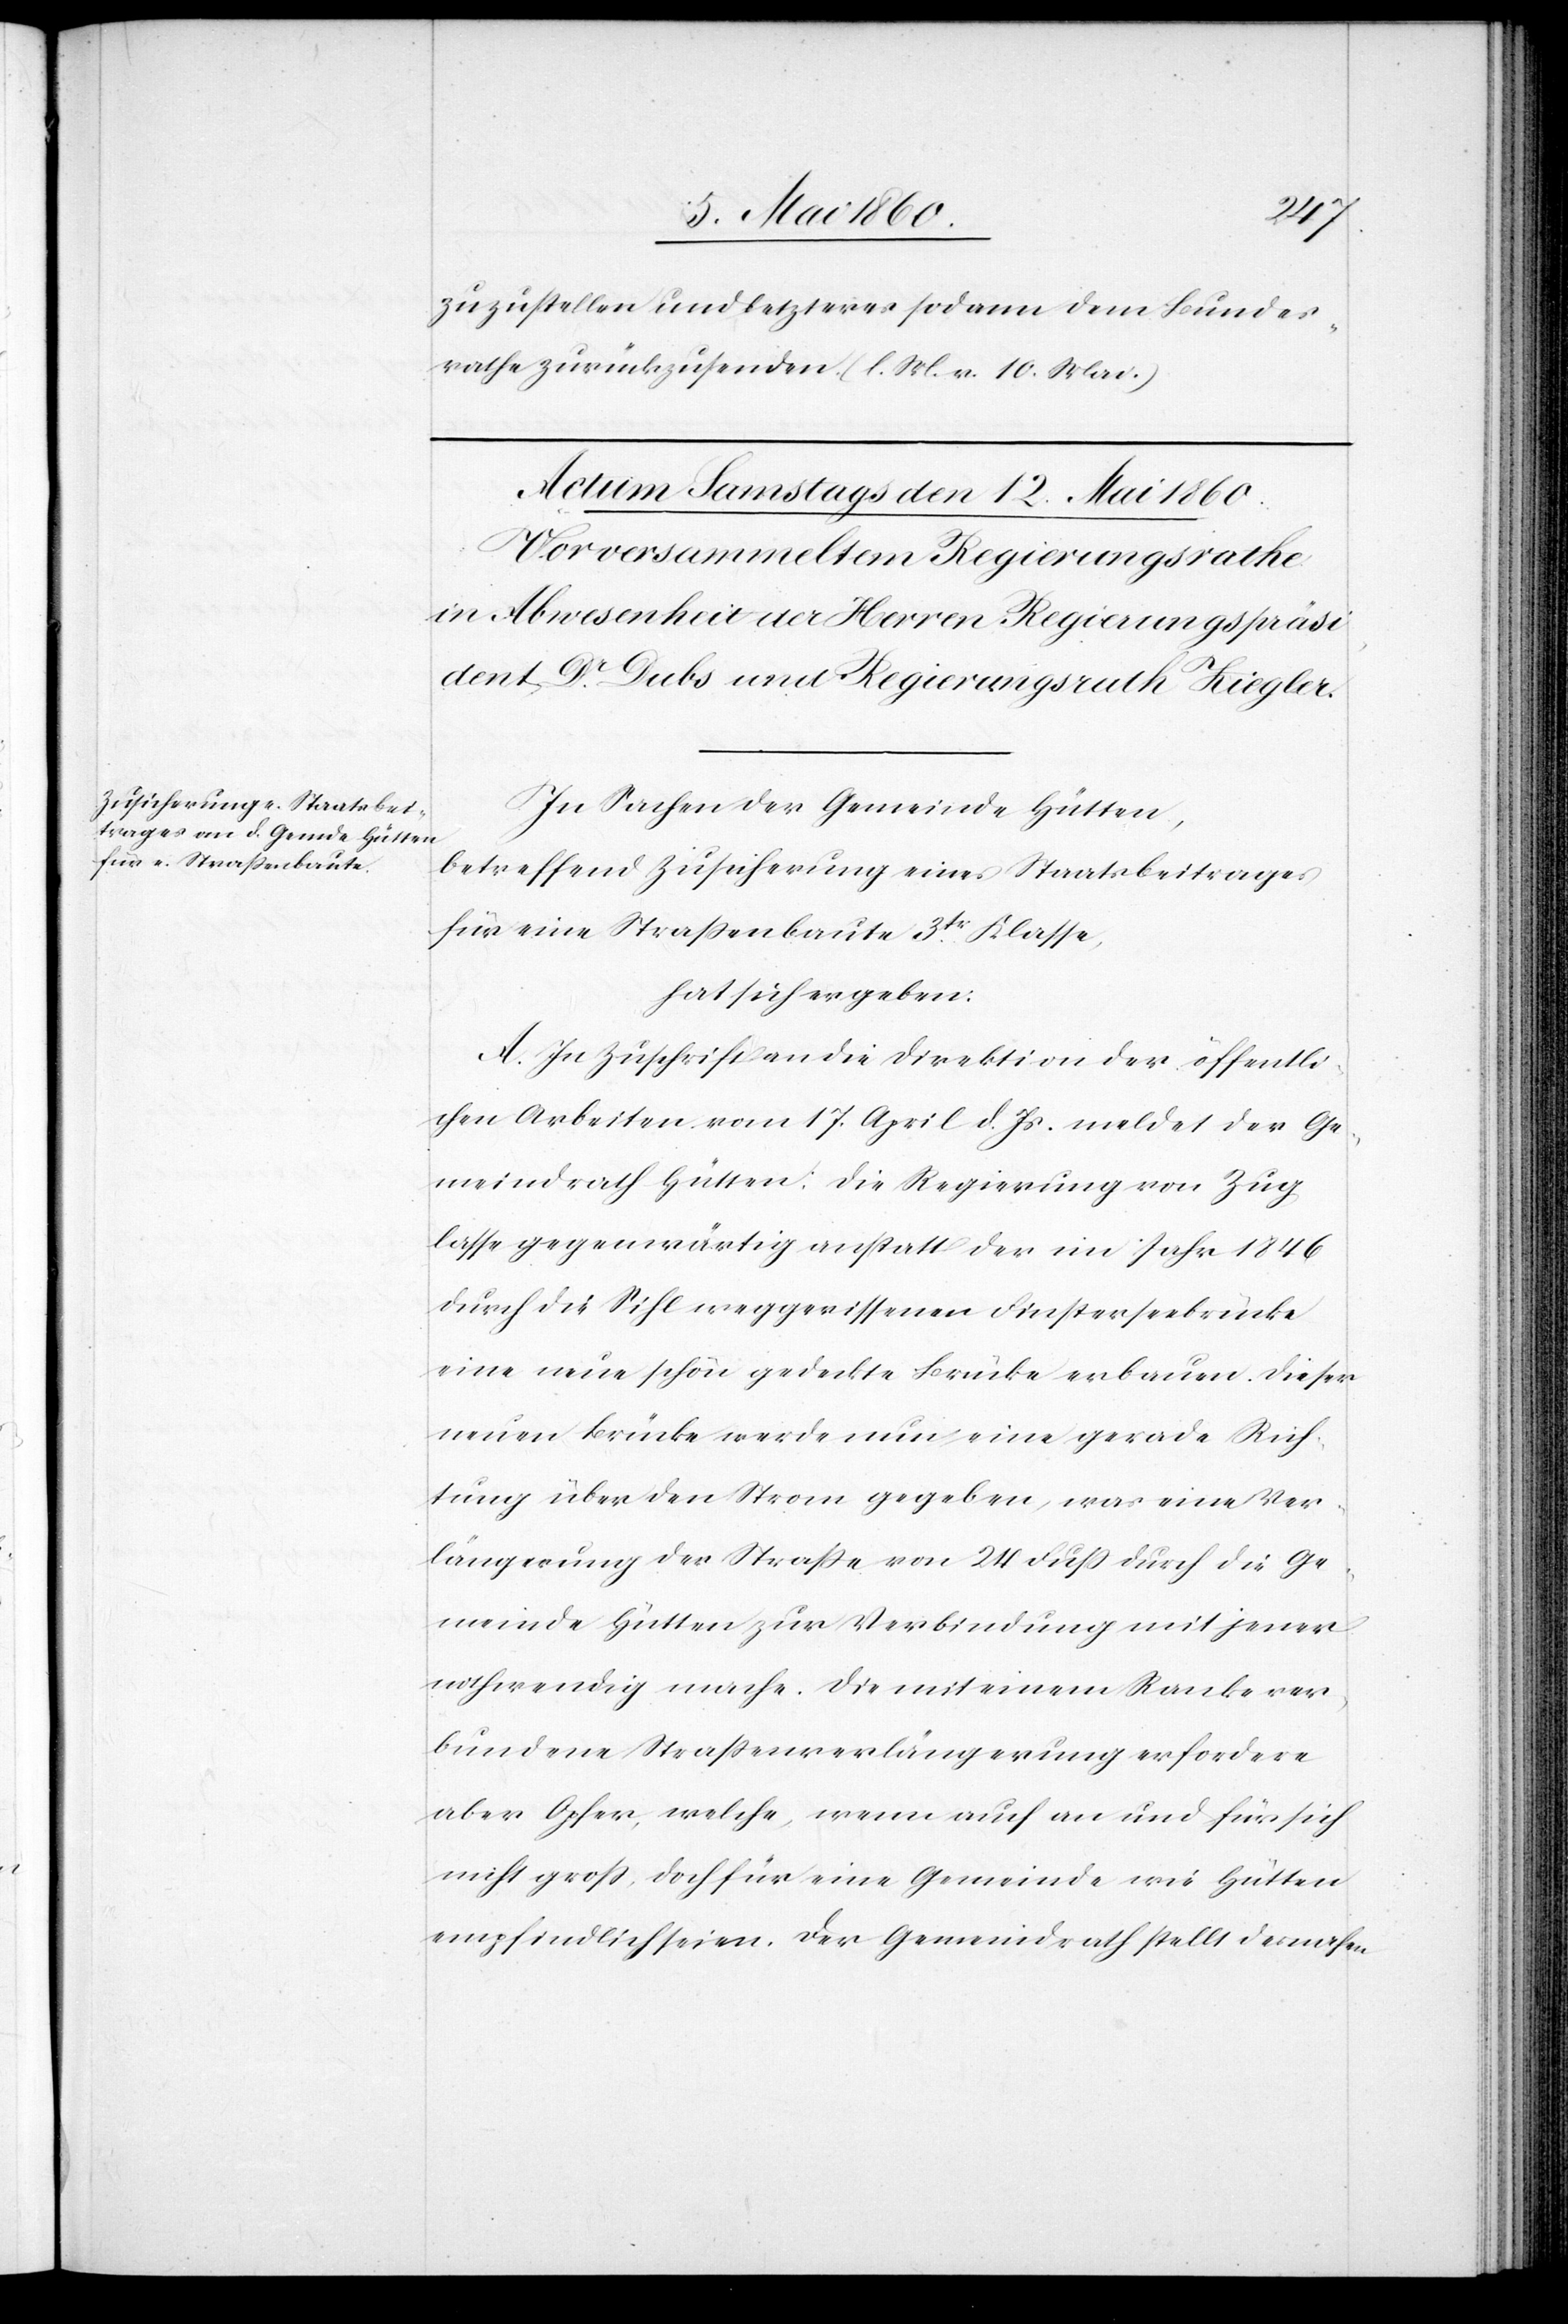
zuzustellen und letzterer sodann dem Bundes¬
rathe zurückzusenden. (l. M. v. 10. Mai.)
In Sachen der Gemeinde Hütten,
betreffend Zusicherung eines Staatsbeitrages
für eine Strassenbaute 3tr Klasse,
hat sich ergeben:
A. In Zuschrift an die Direktion der öffentli¬
chen Arbeiten vom 17. April d. Js. meldet der Ge¬
meindrath Hütten: Die Regierung von Zug
lasse gegenwärtig anstatt der im Jahr 1846
durch die Sihl weggerissenen Finsterseebrücke
eine neue schön gedeckte Brücke erbauen. Dieser
neuen Brücke werde nun eine gerade Rich¬
tung über den Strom gegeben, was eine Ver¬
längerung der Strasse von 24 Fuss durch die Ge¬
meinde Hütten zur Verbindung mit jener
nothwendig mache. Die mit einem Ranke ver¬
bundene Strassenverlängerung erfordere
aber Opfer, welche, wenn auch an und für sich
nicht groß, doch für eine Gemeinde wie Hütten
empfindlich seien. Der Gemeindrath stellt desnahen